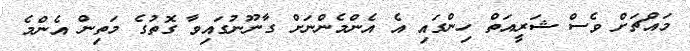
މައްޗަށް ވެސް ޝަރީއަތް ހިންގައި އެ އެންމެންނަށް ގާނޫނުގައިވާ ގޮތުގެ މަތިން އެންމެ